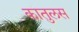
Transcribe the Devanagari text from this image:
कातुलस